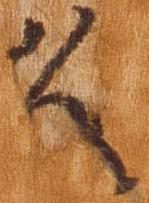
久